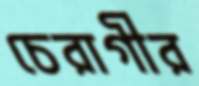
চেরাগীর